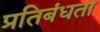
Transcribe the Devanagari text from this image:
प्रतिबंधता